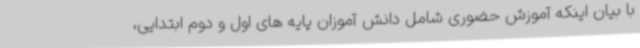
با بیان اینکه آموزش حضوری شامل دانش آموزان پایه های اول و دوم ابتدایی،